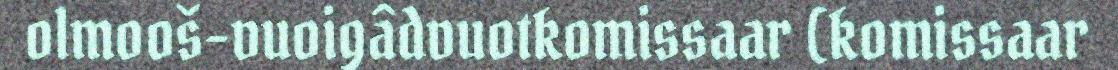
olmooš-vuoigâdvuotkomissaar (komissaar